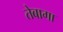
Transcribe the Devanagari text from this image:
तेबागा